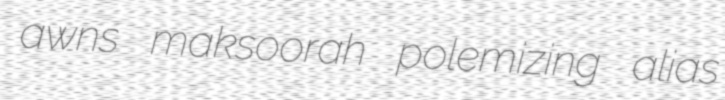
awns maksoorah polemizing alias